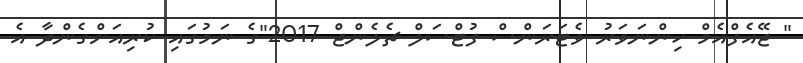
" ޖޭއެފްއެމް ހިންނަވަރު ވެޓަރަންސް ފުޓްސަލް ޗެލެންޖް 2017"ގެ ނަމުގައި ކުރިއަށްގެންދާ އެ